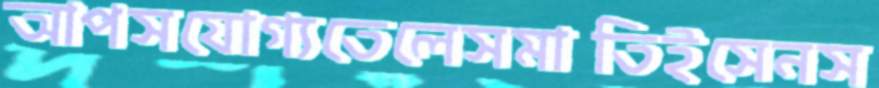
আপসযোগ্যতেলেসমাতিইসেনস